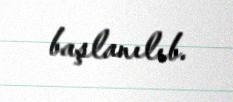
başlanılıb.